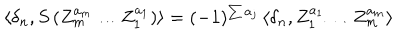
\langle \delta _ { n } , S \, ( Z _ { m } ^ { a _ { m } } \ldots Z _ { 1 } ^ { a _ { 1 } } ) \rangle = ( - 1 ) ^ { \sum a _ { j } } \, \langle \delta _ { n } , Z _ { 1 } ^ { a _ { 1 } } \ldots Z _ { m } ^ { a _ { m } } \rangle